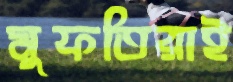
মুফতিরাই